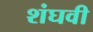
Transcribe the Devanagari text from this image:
शंघवी